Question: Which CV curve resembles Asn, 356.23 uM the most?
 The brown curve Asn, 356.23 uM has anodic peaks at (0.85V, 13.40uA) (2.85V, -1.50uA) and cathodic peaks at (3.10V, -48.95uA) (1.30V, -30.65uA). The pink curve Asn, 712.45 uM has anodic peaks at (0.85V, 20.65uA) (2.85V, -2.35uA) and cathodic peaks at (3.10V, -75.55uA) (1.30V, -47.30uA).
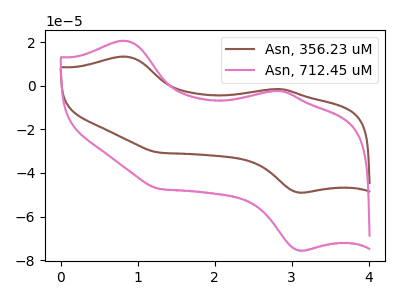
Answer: <think>All the peaks in "Asn, 356.23 uM" have a peak in "Asn, 712.45 uM" at the same potential.
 </think>
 <answer>The CV with the most similar shape to "Asn, 712.45 uM" is "Asn, 356.23 uM".</answer>
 <eval>"Asn, 356.23 uM"</eval>